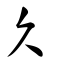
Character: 久